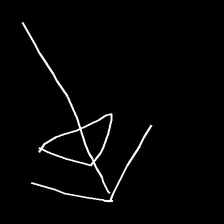
Glyph: pull